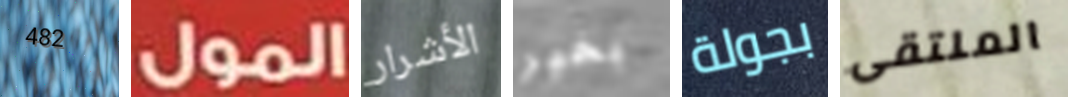
482 المول الأشرار بخير بجولة الملتقى